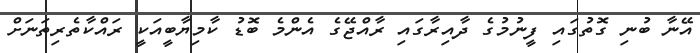
އޭނާ ބުނި ގޮތުގައި ފީނުމުގެ ދާއިރާގައި ރާއްޖޭގެ އެންމެ ބޮޑު ކާމިޔާބީއަކީ ރައްކާތެރިތަނަށް